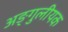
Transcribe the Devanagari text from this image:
अङ्गुलीयक